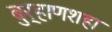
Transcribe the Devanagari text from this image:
बुर्‍हाणशहा